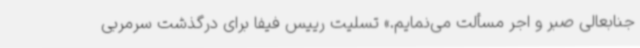
جنابعالی صبر و اجر مسألت می‌نمایم.» تسلیت رییس فیفا برای درگذشت سرمربی